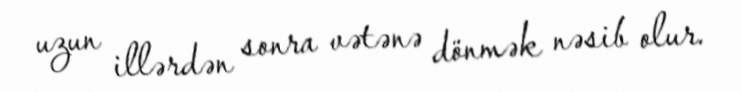
uzun illərdən sonra vətənə dönmək nəsib olur.